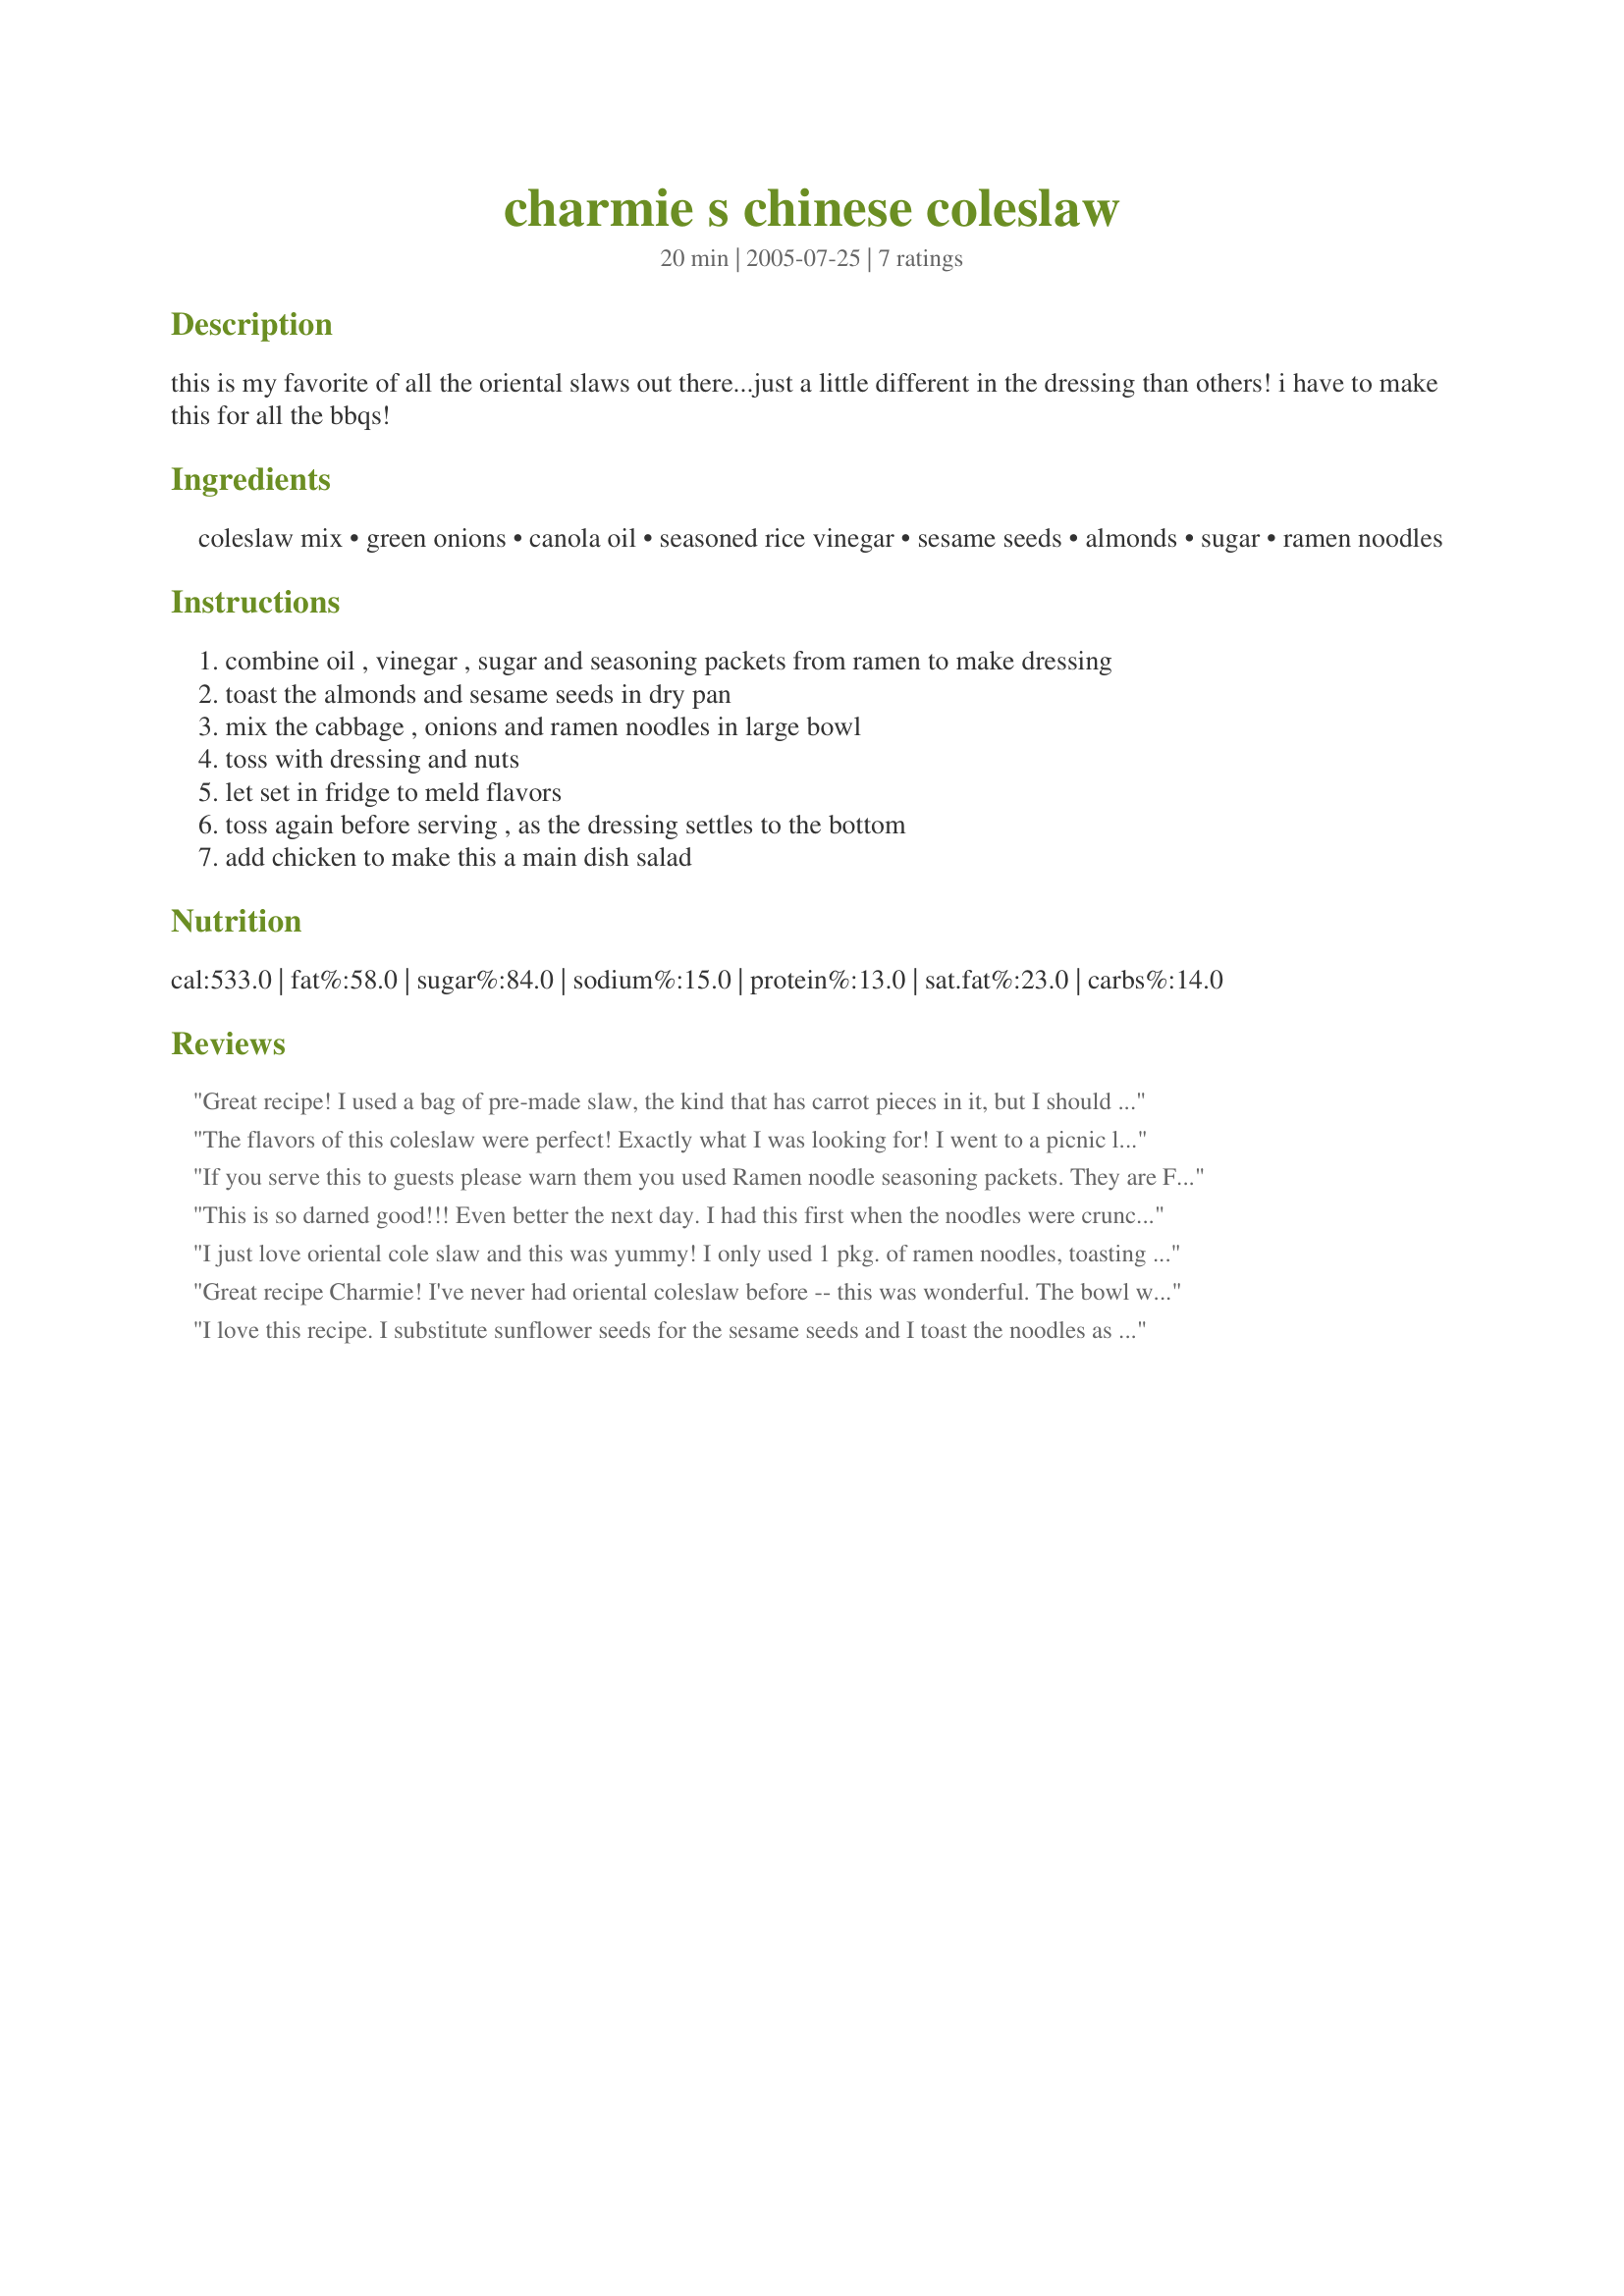
charmie s chinese coleslaw
Preparation time: 20 minutes

this is my favorite of all the oriental slaws out there...just a little different in the dressing than others! i have to make this for all the bbqs!

Ingredients:
coleslaw mix, green onions, canola oil, seasoned rice vinegar, sesame seeds, almonds, sugar, ramen noodles

Steps:
combine oil , vinegar , sugar and seasoning packets from ramen to make dressing, toast the almonds and sesame seeds in dry pan, mix the cabbage , onions and ramen noodles in large bowl, toss with dressing and nuts, let set in fridge to meld flavors, toss again before serving , as the dressing settles to the bottom, add chicken to make this a main dish salad

Reviews:
Great recipe! I used a bag of pre-made slaw, the kind that has carrot pieces in it, but I should have paid closer attention because my bag was only 16 oz, and this recipe calls for 24 oz...so mine was quite saucy! One bit of advice...next time I will toast my almonds and sesame seeds separately. Will try to get pic up soon :)~ Thanks so much for a different and delicious salad!
The flavors of this coleslaw were perfect! Exactly what I was looking for! I went to a picnic last week where a friend of mine served something similar and I knew I needed to learn how to make this. I added the ramen noodles right before serving to keep it crunchy. Made for ZWT6 LOONEY SPOON PHOODIES! :D
If you serve this to guests please warn them you used Ramen noodle seasoning packets. They are FULL of MSG! to those of us sensitive to MSG that could be devestating.
This is so darned good!!! Even better the next day. I had this first when the noodles were crunchy...good, then had it today for lunch after the noodles were able to soak up some of that great dressing...awesome!!! Thank you so much for this great recipe.
I just love oriental cole slaw and this was yummy! I only used 1 pkg. of ramen noodles, toasting the noodles for more crunch! And I went ahead and used the flavoring packet in the dressing(didn't want to waste it!). My cole slaw didn't look that pretty or I would have taken a pic. Thanks so much Charmie!
Great recipe Charmie! I've never had oriental coleslaw before -- this was wonderful. The bowl was empty by the end of the meal. I used a few drops of sesame oil in the dressing instead of sesame seeds -- just because I couldn't find my jar of seeds. Next time I'll still add the sesame oil and the seeds. Definitely a keeper.
I love this recipe. I substitute sunflower seeds for the sesame seeds and I toast the noodles as well. As long as you wait to add the dressing right before serving it turns out perfect every time :)
